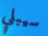
سيبلي